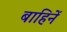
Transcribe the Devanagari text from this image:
बाहिनें